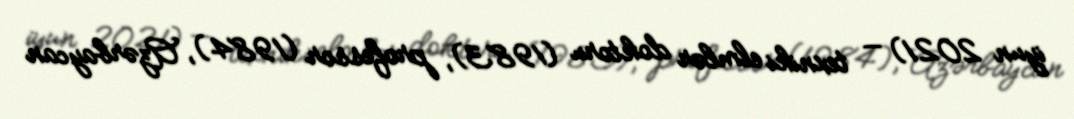
iyun 2021) — texniki elmlər doktoru (1983), professor (1984), Azərbaycan